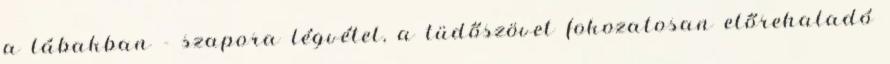
a lábakban - szapora légvétel, a tüdőszövet fokozatosan előrehaladó